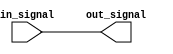
module io_non_inverting_buffer (
   input wire in_signal,
   output reg out_signal
);

always @(in_signal)
begin
   out_signal <= in_signal;
end

endmodule